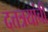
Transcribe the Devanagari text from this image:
दत्तत्रयांची